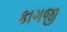
કાગજી